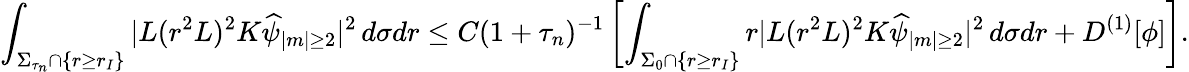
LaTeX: \int_{\Sigma_{\tau_{n}}\cap\{ r\geq r_{I}\} }|L(r^{2}L)^{2}K\widehat{\psi}_{|m|\geq 2}|^{2}\, d\sigma dr\leq C(1+\tau_{n})^{-1}\left[\int_{\Sigma_{0}\cap\{ r\geq r_{I}\} }r|L(r^{2}L)^{2}K\widehat{\psi}_{|m|\geq 2}|^{2}\, d\sigma dr+D^{(1)}[\phi]\right].